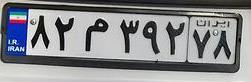
۸۲م۳۹۲۷۸